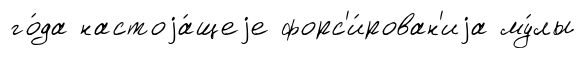
го́да настоjа́щеjе форс'и́рован'иjа му́лы